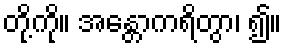
တို့ကို။ အန္တောကရိတွာ၊ ၍။